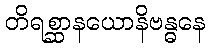
တိရစ္ဆာနယောနိဗန္ဓနေ